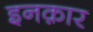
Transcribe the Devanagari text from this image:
इनक़ार